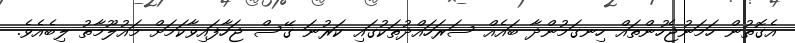
އެގޮތުން ހަމަނުޖެހުންތައް ހިނގަމުންދާ ބައެއް ސަރަހައްދުތަކުގައި ކަރުނަ ގޭސް ޖަހާފައިވާކަމަށް މައުލޫމާތު ލިބެއެވެ.